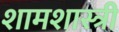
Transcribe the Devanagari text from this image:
शामशास्त्री